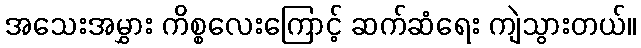
အသေးအမွှား ကိစ္စလေးကြောင့် ဆက်ဆံရေး ကျဲသွားတယ်။